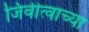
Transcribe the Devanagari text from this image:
जिवीत्वाच्या